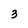
Character: 3